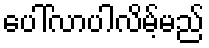
ပေါ်လာပါလိမ့်မည်